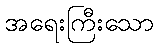
အရေးကြီးသော